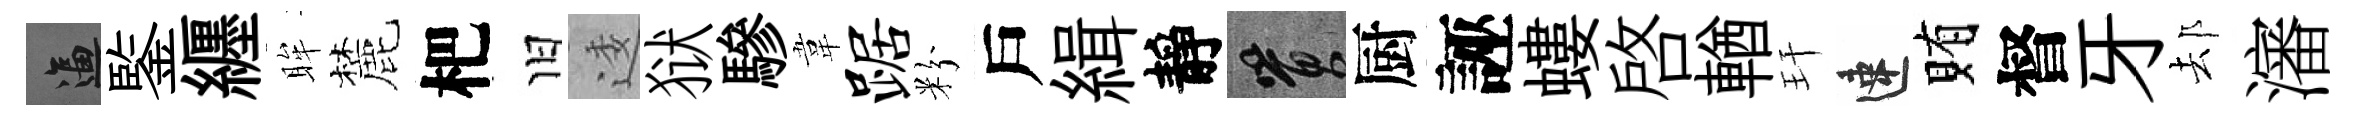
逼鍳纒眸麓杷旧逶狱驂韋踞粉戶緝靜篔厨誣螻啓輶玕速賄督牙𨚫瀋